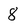
Character: 8